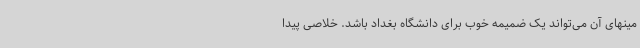
مینهای آن می‌تواند یک ضمیمه خوب برای دانشگاه بغداد باشد. خلاصی پیدا